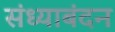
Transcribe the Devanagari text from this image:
संध्याबंदन